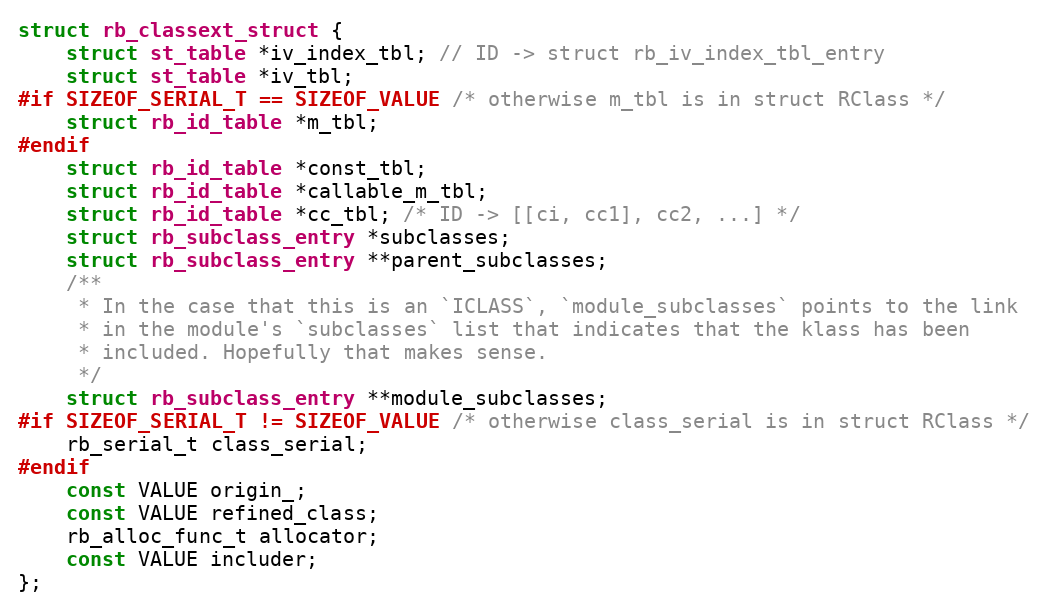
Language: C
struct rb_classext_struct {
    struct st_table *iv_index_tbl; // ID -> struct rb_iv_index_tbl_entry
    struct st_table *iv_tbl;
#if SIZEOF_SERIAL_T == SIZEOF_VALUE /* otherwise m_tbl is in struct RClass */
    struct rb_id_table *m_tbl;
#endif
    struct rb_id_table *const_tbl;
    struct rb_id_table *callable_m_tbl;
    struct rb_id_table *cc_tbl; /* ID -> [[ci, cc1], cc2, ...] */
    struct rb_subclass_entry *subclasses;
    struct rb_subclass_entry **parent_subclasses;
    /**
     * In the case that this is an `ICLASS`, `module_subclasses` points to the link
     * in the module's `subclasses` list that indicates that the klass has been
     * included. Hopefully that makes sense.
     */
    struct rb_subclass_entry **module_subclasses;
#if SIZEOF_SERIAL_T != SIZEOF_VALUE /* otherwise class_serial is in struct RClass */
    rb_serial_t class_serial;
#endif
    const VALUE origin_;
    const VALUE refined_class;
    rb_alloc_func_t allocator;
    const VALUE includer;
};